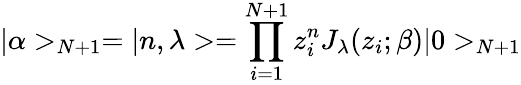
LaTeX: |\alpha>_{N+1}=|n,\lambda>=\prod_{i=1}^{N+1}z_{i}^{n}J_{\lambda}(z_{i};\beta)|0>_{N+1}